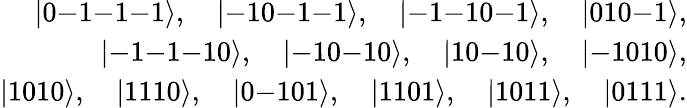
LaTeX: \begin{array}{r}{|0\mathrm{-}1\mathrm{-}1\mathrm{-}1\rangle,\quad|\mathrm{-}10\mathrm{-}1\mathrm{-}1\rangle,\quad|\mathrm{-}1\mathrm{-}10\mathrm{-}1\rangle,\quad|010\mathrm{-}1\rangle,}\\ {|\mathrm{-}1\mathrm{-}1\mathrm{-}10\rangle,\quad|\mathrm{-}10\mathrm{-}10\rangle,\quad|10\mathrm{-}10\rangle,\quad|\mathrm{-}1010\rangle,}\\ {|1010\rangle,\quad|1110\rangle,\quad|0\mathrm{-}101\rangle,\quad|1101\rangle,\quad|1011\rangle,\quad|0111\rangle.}\end{array}